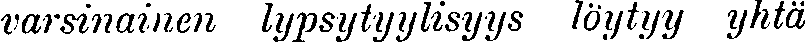
varsinainen lypstyylisyys löytyy yhtä